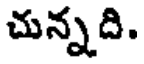
చున్నది.